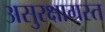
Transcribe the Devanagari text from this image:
असुरक्षाग्रस्त